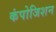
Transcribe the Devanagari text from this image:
कंपोजिशन